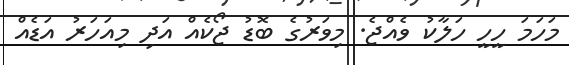
މަހަމަ ހީހީ ހަލާކު ވެއްޖެ. މިވަރުގެ ބޮޑު ޖޯކެއް އަދި މިއަހަރު އަޑެއް